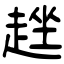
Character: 趖